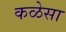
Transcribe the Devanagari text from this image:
कळेसा